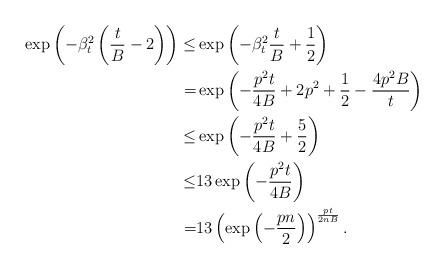
LaTeX: \begin{align*}\exp\left(-\beta_t^2\left(\frac{t}{B}-2\right)\right)\leq& \exp\left(-\beta_t^2\frac{t}{B}+\frac{1}{2}\right) \cr = & \exp\left(-\frac{p^2t}{4B}+2p^2+\frac{1}{2}-\frac{4p^2B}{t}\right) \cr \leq & \exp\left(-\frac{p^2t}{4B}+\frac{5}{2}\right) \cr \leq & 13\exp\left(-\frac{p^2t}{4B}\right) \cr =& 13\left(\exp\left(-\frac{pn}{2}\right)\right)^{\frac{pt}{2nB}}.\end{align*}